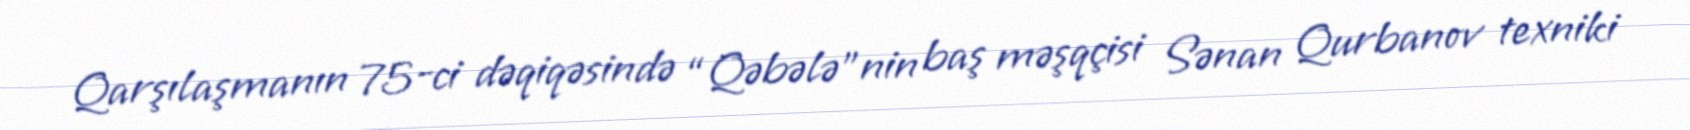
Qarşılaşmanın 75-ci dəqiqəsində “Qəbələ”nin baş məşqçisi Sənan Qurbanov texniki